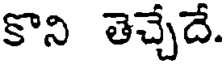
కొని తెచ్చేదే.